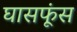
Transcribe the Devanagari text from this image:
घासफूंस